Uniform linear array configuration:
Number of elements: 24
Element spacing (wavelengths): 1
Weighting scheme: exponential
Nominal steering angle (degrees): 60
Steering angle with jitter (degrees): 61.626
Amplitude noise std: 0.05
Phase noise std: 0.05

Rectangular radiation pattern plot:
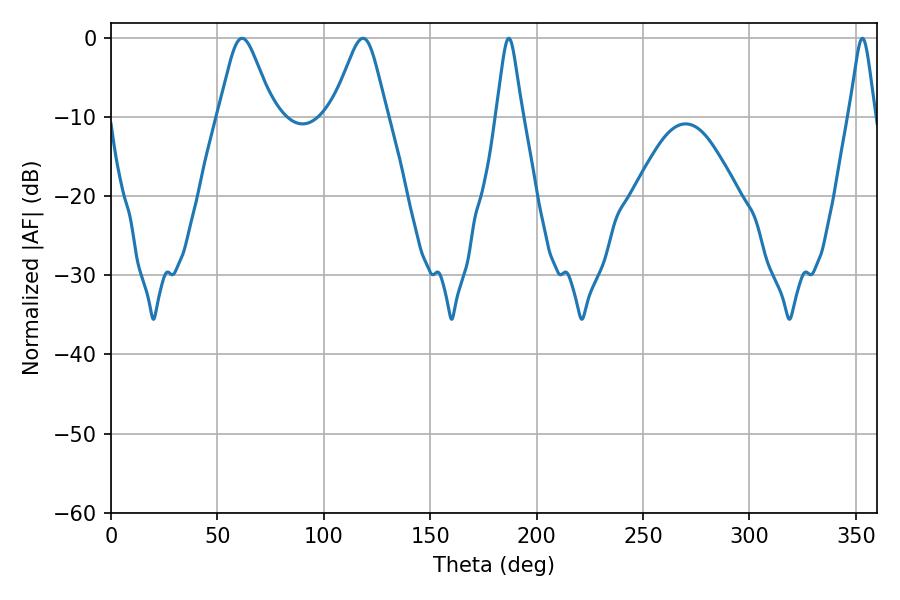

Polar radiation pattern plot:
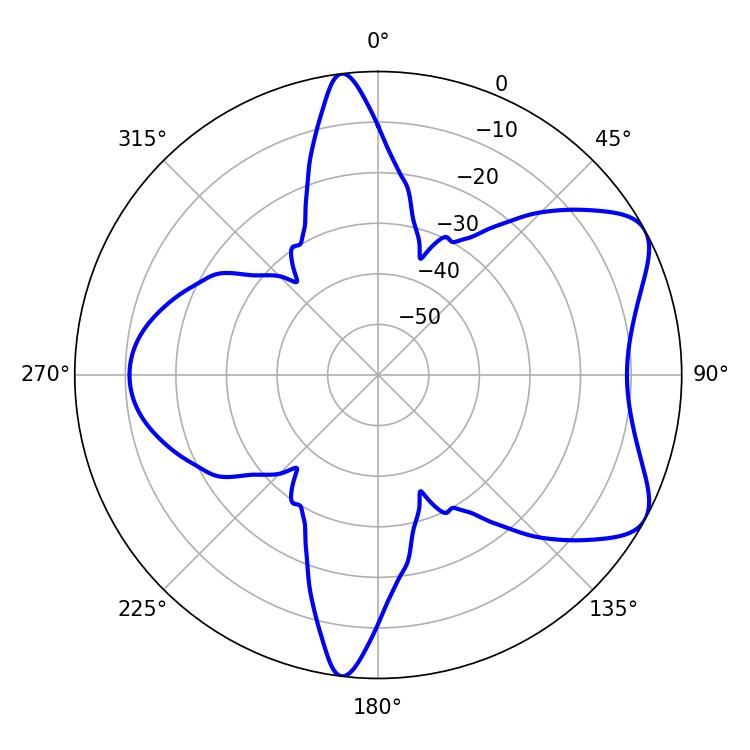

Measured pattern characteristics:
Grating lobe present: TRUE
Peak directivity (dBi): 6.778
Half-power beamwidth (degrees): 12.42
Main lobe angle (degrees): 61.56